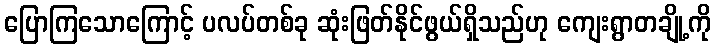
ပြောကြသောကြောင့် ပလပ်တစ်ခု ဆုံးဖြတ်နိုင်ဖွယ်ရှိသည်ဟု ကျေးရွာတချို့ကို